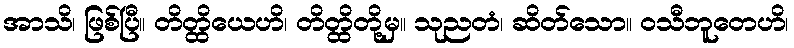
အာသိ၊ ဖြစ်ပြီ။ တိတ္ထိယေဟိ၊ တိတ္ထိတို့မှ။ သုညတံ၊ ဆိတ်သော။ ဝသီဘူတေဟိ၊